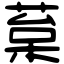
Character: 葈